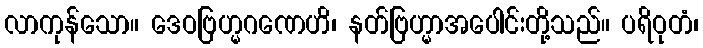
လာကုန်သော။ ဒေဝဗြဟ္မဂဏေဟိ၊ နတ်ဗြဟ္မာအပေါင်းတို့သည်။ ပရိဝုတံ၊